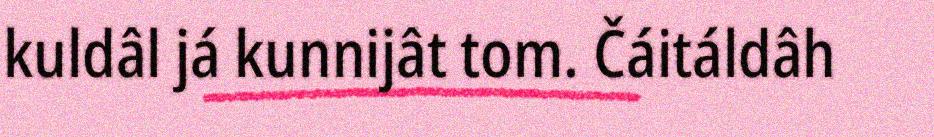
kuldâl já kunnijât tom. Čáitáldâh